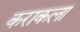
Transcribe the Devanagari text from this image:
कराकला